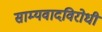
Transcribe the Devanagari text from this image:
साम्यवादविरोधी